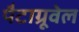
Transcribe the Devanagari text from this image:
पैटाग्रूवेल